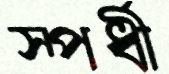
স্পর্ধী